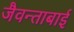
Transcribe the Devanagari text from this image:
जैवन्ताबाई